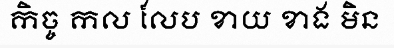
កិច្ច កល លែប ខាយ ខាង មិន